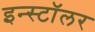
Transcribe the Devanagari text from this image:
इन्स्टॉलर